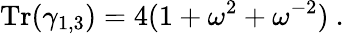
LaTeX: {\mathrm{Tr}}(\gamma_{1,3})=4(1+\omega^{2}+\omega^{-2})~.